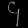
Digit: ၄